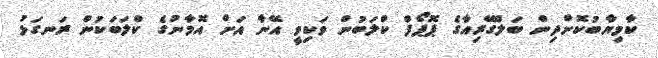
ކާމިޔާބުކޮށްދިން ބަލްގޭރިއާގެ ޕޮޕޯފް ކްލަބުން ވަކިވީ އޭނާ އަށް އޮމާނުގެ ކްލަބަކުން ރަނގަޅު